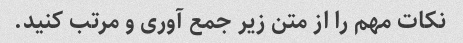
نکات مهم را از متن زیر جمع آوری و مرتب کنید.